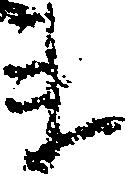
ま